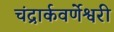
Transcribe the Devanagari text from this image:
चंद्रार्कवर्णेश्वरी